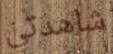
شاهدتي